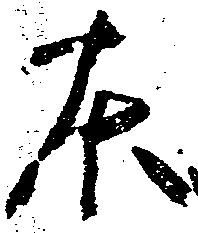
東